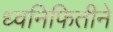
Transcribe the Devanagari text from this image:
ध्वनिफितीने